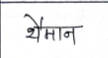
मजकूर: थैमान